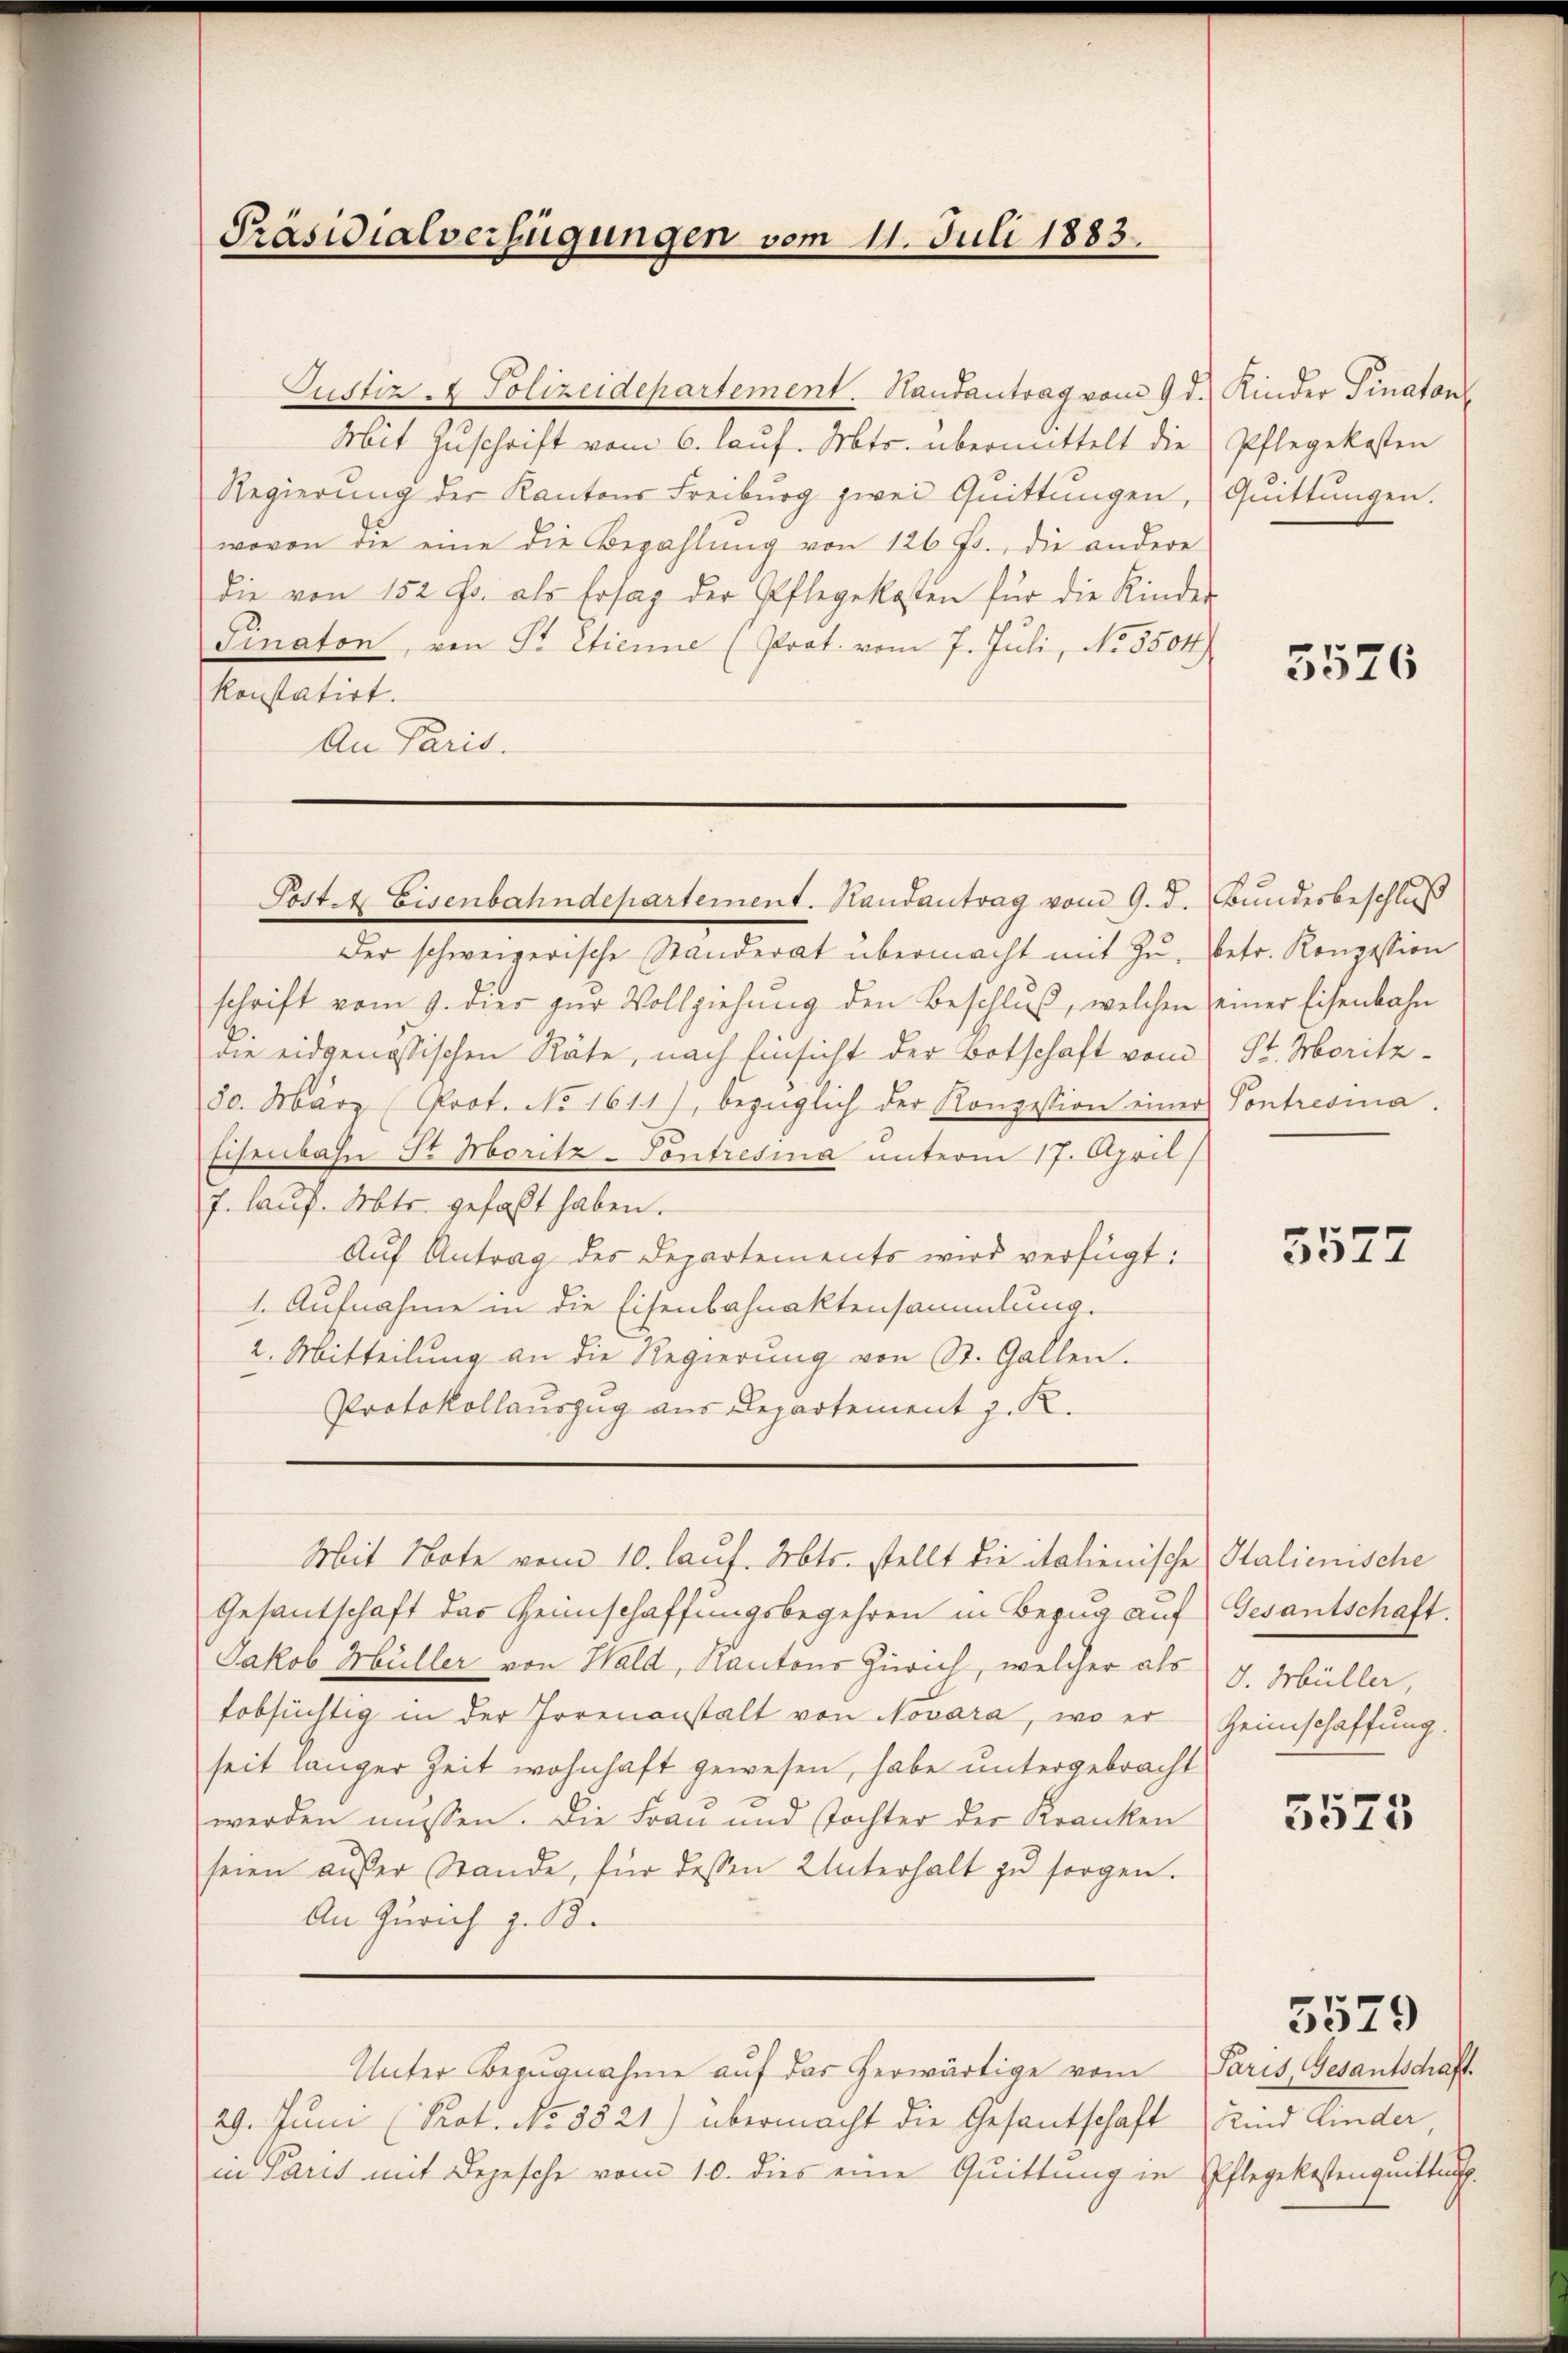
Präsidialverfügungen vom 11. Juli 1883.

Mit Zŭschrift vom 6. laŭf. Mts. übermittelt die Pflegekosten
Regierung der Kantons Freiburg zwei Quittungen, Quittungen.
wovon die eine die Bezahlung von 126 fr., die andere
die von 152 Fr. als Ersag der Pflegekosten für die Kinder
Pinaton, von Sr. Etienne (Prat. vom 7. Juli, No 3504)
konstatirt.
An Paris.

Justiz - Polizeidepartement. Handantrag vom 9. d. Kinder Finaton

Posten Eisenbahndepartement. Handantrag vom 9. d. Bundesbeschluß
Der schweizerische Standerat übermacht mit zu, betr. Konzession
schrift vom 9. dies zŭr Vollziehung den Beschluß, welchen einer Eisenbahn
die eidgenössischen Räte, nach Einsicht der Botschaft vom
30. März (Prot. No 1611), bezüglich der Konzession einer
Eisenbahn St. Moritz-Pontresina unterm 17. April
7. lauf. Mts. gefaßt haben.
Auf Antrag des Departements wird verfügt:
1. Aufnahme in die Eisenbahnaktensammlung.
2. Mitteilung an die Regierŭng von St. Gallen.
Protokollauszug aus Departement z. R.
Gesantschaft des Heimschaffungsbegehren in Bezug auf Gesantschaft.
Jakob Müller von Wald, Kantons Zürich, welcher als J. Müller,
tobsüchtig in der Irrenanstalt von Novara, wo er Heimschaffung.
seit länger Zeit wohnhaft gewesen, habe untergebracht
werden müssen. Die Frau und Tochter der Kranken
seien aŭβer Stande, für dessen Unterhalt zŭ sorgen.
An Zürich z. B.
Unter Bezugnahme auf das herwärtige vom Paris, Gesantschaft
29. Juni (Prot. No. 3521) übermacht die Gesantschaft Kind Kinder,
in Paris mit Depesche vom 10. dies eine Quittung in Pflegekostengnitten.

Mit Note vom 10. lauf. Mts. stellt die italienische Stalienische

5526

St. Moritz
Pontresia.

3527

5525

5529